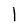
Character: I